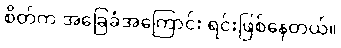
စိတ်က အခြေခံအကြောင်း ရင်းဖြစ်နေတယ်။